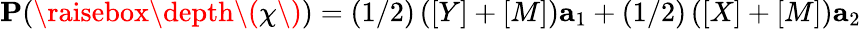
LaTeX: {\mathbf P}(\raisebox{\depth}{\( \chi\) })=(1/2)\left([Y]+[M]\right){\mathbf a}_{1}+(1/2)\left([X]+[M]\right){\mathbf a}_{2}